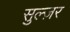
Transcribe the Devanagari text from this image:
सुल्ज़र